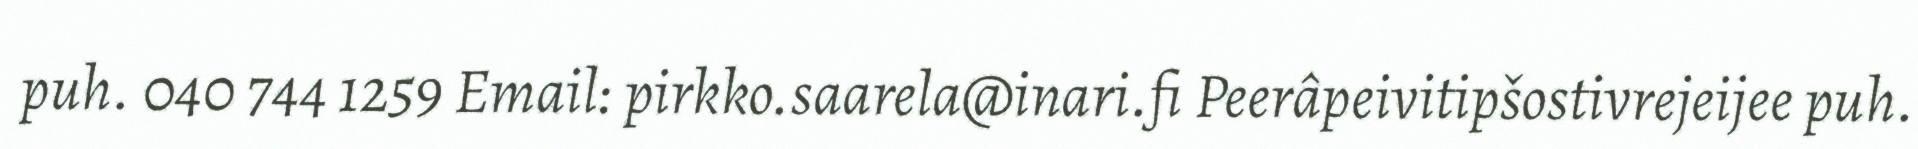
puh. 040 744 1259 Email: pirkko.saarela@inari.fi Peerâpeivitipšostivrejeijee puh.